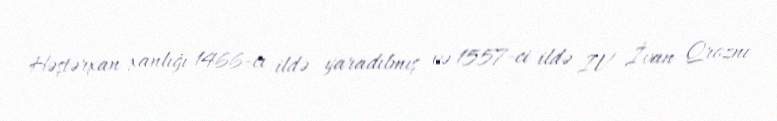
Həştərxan xanlığı 1466-cı ildə yaradılmış və 1557-ci ildə IV İvan Qroznı